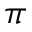
\pi